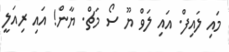
މައި ލައިފް. އައި ލަވް ޔޫ ސޯ މަޗް. ޔާން! އައި ރިއަލީ